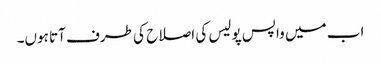
اب میں واپس پولیس کی اصلاح کی طرف آتا ہوں۔